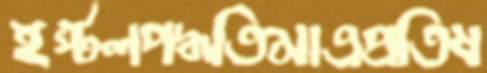
ইস্টলপদ্ধতিমাত্রপ্রতিষ